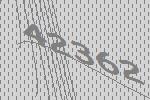
42362